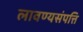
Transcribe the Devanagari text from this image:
लावण्यसंपत्ति